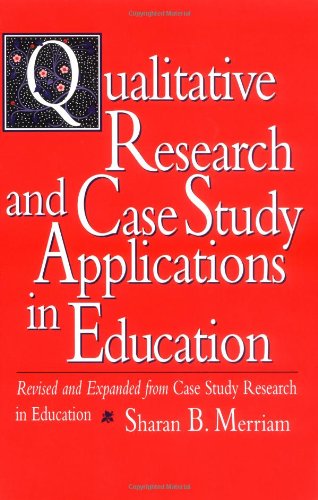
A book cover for Qualitative Research and Case Study Applications in Education: Revised and Expanded from Case Study Research in Education; Sharan B. Merriam; Science & Math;